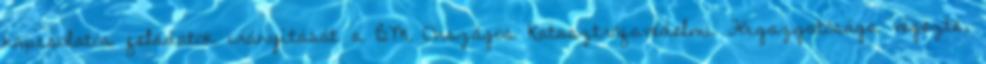
kapcsolatos feladatok irányítását a BM Országos Katasztrófavédelmi Főigazgatósága végezte,